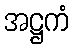
အဋ္ဌကံ